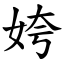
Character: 姱